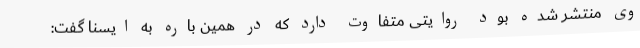
وی منتشر شده بود روایتی متفاوت دارد که در همین باره به ایسنا گفت: